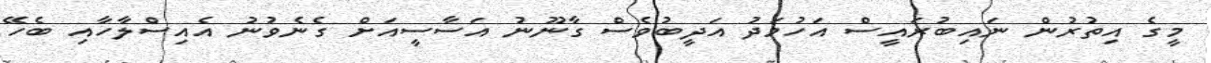
މީގެ އިތުރުން ނައިބުރައީސް އަހުމަދު އަދީބުވެސް ގާނޫނު އަސާސީއަށް ގެނެވުނު އެއިސްލާހާއި ބެހޭ